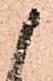
候